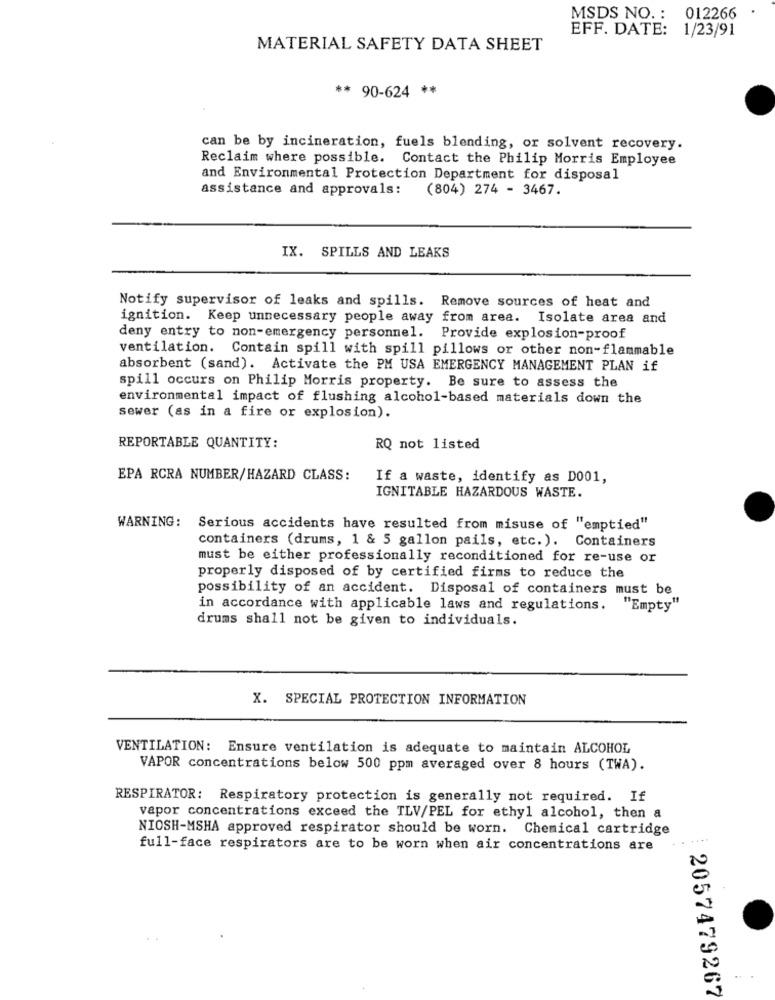
MSDS NO. : 012266
EFF. DATE: 1/23/91
MATERIAL SAFETY DATA SHEET
** 90-624 **
can be by incineration, fuels blending, or solvent recovery.
Reclaim where possible. Contact the Philip Morris Employee
and Environmental Protection Department for disposal
assistance and approvals:
(804) 274 - 3467.
IX. SPILLS AND LEAKS
Notify supervisor of leaks and spills. Remove sources of heat and
ignition. Keep unnecessary people away from area. Isolate area and
deny entry to non-emergency personnel.
Provide explosion-proof
ventilation. Contain spill with spill pillows or other non-flammable
absorbent (sand). Activate the PM USA EMERGENCY MANAGEMENT PLAN if
spill occurs on Philip Morris property. Be sure to assess the
environmental impact of flushing alcohol-based materials down the
sewer (as in a fire or explosion).
REPORTABLE QUANTITY:
RQ not listed
EPA RCRA NUMBER/HAZARD CLASS:
If a waste, identify as D001,
IGNITABLE HAZARDOUS WASTE.
WARNING:
Serious accidents have resulted from misuse of "emptied"
containers (drums, 1 & 5 gallon pails, etc. ). Containers
must be either professionally reconditioned for re-use or
properly disposed of by certified firms to reduce the
possibility of an accident. Disposal of containers must be
in accordance with applicable laws and regulations.
"Empty"
drums shall not be given to individuals.
X. SPECIAL PROTECTION INFORMATION
VENTILATION: Ensure ventilation is adequate to maintain ALCOHOL
VAPOR concentrations below 500 ppm averaged over 8 hours (TWA).
RESPIRATOR: Respiratory protection is generally not required. If
vapor concentrations exceed the TLV/PEL for ethyl alcohol, then a
NIOSH-MSHA approved respirator should be worn. Chemical cartridge
.. ....
full-face respirators are to be worn when air concentrations are
2057479267